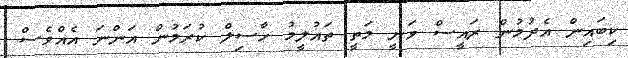
ކިބައިން އެދުމުން ރައީސް ވަނީ މަތީ ތައުލީމު ހާސިލް ކުރަމުން އަންނަ އެއްވެސް